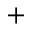
\scriptstyle +